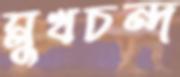
মুখচন্দ